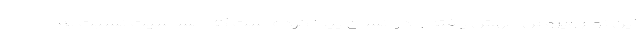
این نوع ویروس جهش یافته را در انسان پیدا کرده است که حساسیت نسبت به